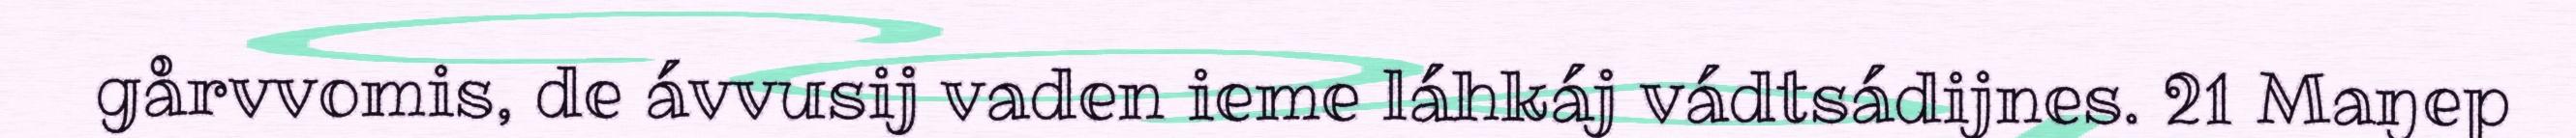
gårvvomis, de ávvusij vaden ieme láhkáj vádtsádijnes. 21 Maŋep